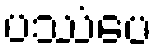
ပဿံပေ